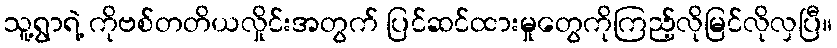
သူ့ရွာရဲ့ ကိုဗစ်တတိယလှိုင်းအတွက် ပြင်ဆင်ထားမှုတွေကိုကြည့်လိုမြင်လိုလှပြီ။